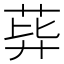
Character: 𦰙